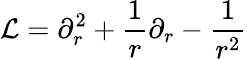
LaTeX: \mathcal{L}=\partial_{r}^{2}+\frac{1}{r}\partial_{r}-\frac{1}{r^{2}}